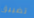
تضييق